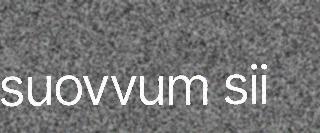
suovvum sii